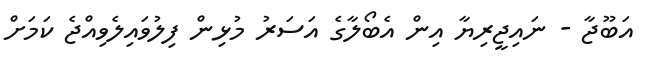
އަބޫޖާ - ނައިޖީރިޔާ އިން އެބޯލާގެ އަސަރު މުޅިން ފިލުވައިލެވިއްޖެ ކަމަށް